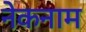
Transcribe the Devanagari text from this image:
नेकनाम